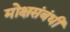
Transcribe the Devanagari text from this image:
मोक्षसंबंधी